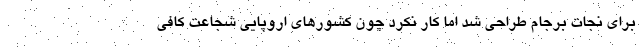
برای نجات برجام طراحی شد اما کار نکرد چون کشورهای اروپایی شجاعت کافی